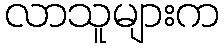
လာသူများက